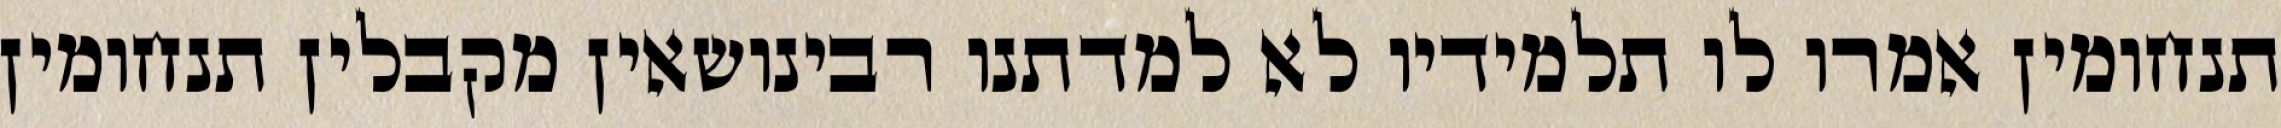
תנחומין אמרו לו תלמידיו לא למדתנו רבינושאין מקבלין תנחומין